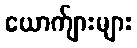
ယောက်ျားများ